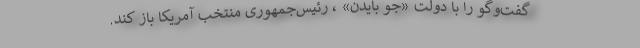
گفت‌و‌گو را با دولت «جو بایدن» ، رئیس‌جمهوری منتخب آمریکا باز کند.